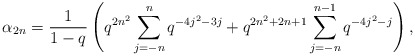
\begin{align*} \alpha_{2n} = \frac{1}{1-q}\left(q^{2n^2}\sum_{j=-n}^{n}q^{-4j^2-3j} + q^{2n^2+2n+1}\sum_{j=-n}^{n-1}q^{-4j^2-j}\right), \end{align*}